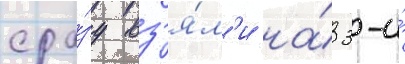
сра́зу вз'я́л'и на́ 3-и́